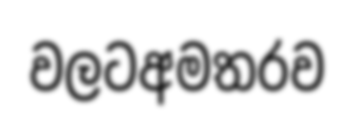
වලටඅමතරව